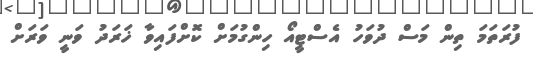
ފުރަތަމަ ތިން މަސް ދުވަހު އެސްޓީއޯ ހިންގުމަށް ކޮށްފައިވާ ޚަރަދު ވަނީ ވަރަށް